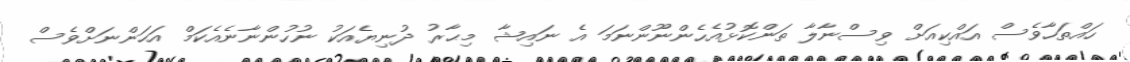
ހައްތަހާވެސް އައްކިއަށް ވިސްނާލާ ތަންކޮޅުއެހެންނޫންނަމަ އެ ނައިޝާ މިޙާރު ދުނިޔެއަކު ނުހުންނާނެއެކަމް އަހަންނަށްވެސް